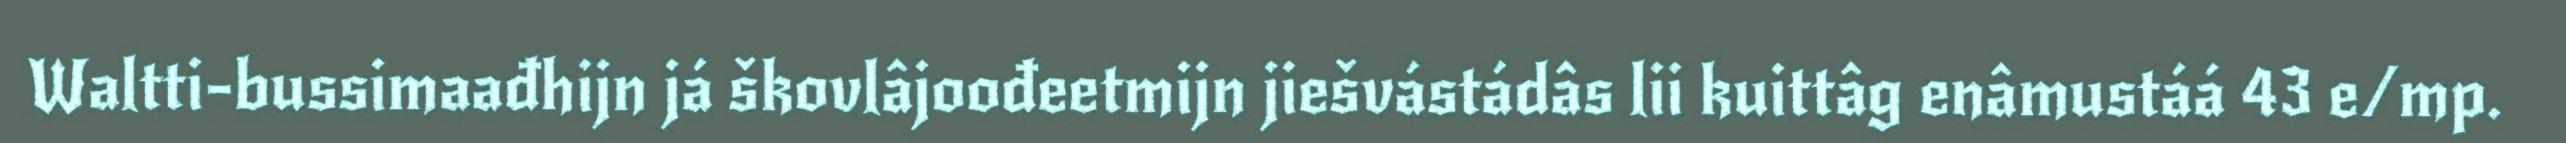
Waltti-bussimaađhijn já škovlâjoođeetmijn jiešvástádâs lii kuittâg enâmustáá 43 e/mp.